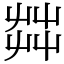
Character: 茻